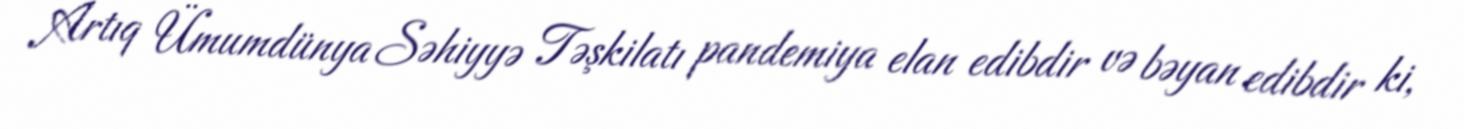
Artıq Ümumdünya Səhiyyə Təşkilatı pandemiya elan edibdir və bəyan edibdir ki,